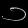
Digit: ၁